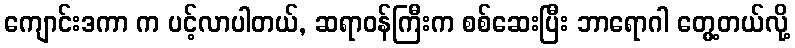
ကျောင်းဒကာ က ပင့်လာပါတယ်, ဆရာဝန်ကြီးက စစ်ဆေးပြီး ဘာရောဂါ တွေ့တယ်လို့